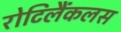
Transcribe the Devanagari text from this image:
रोटिलैंकलस